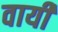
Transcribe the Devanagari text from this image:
वायीं